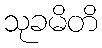
သုခမိတိ